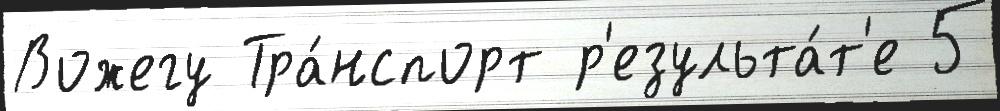
Вожегу Тра́нспорт р'езульта́т'е 5